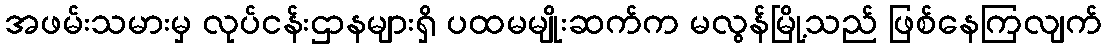
အဖမ်းသမားမှ လုပ်ငန်းဌာနများရှိ ပထမမျိုးဆက်က မလွန်မြို့သည် ဖြစ်နေကြလျက်